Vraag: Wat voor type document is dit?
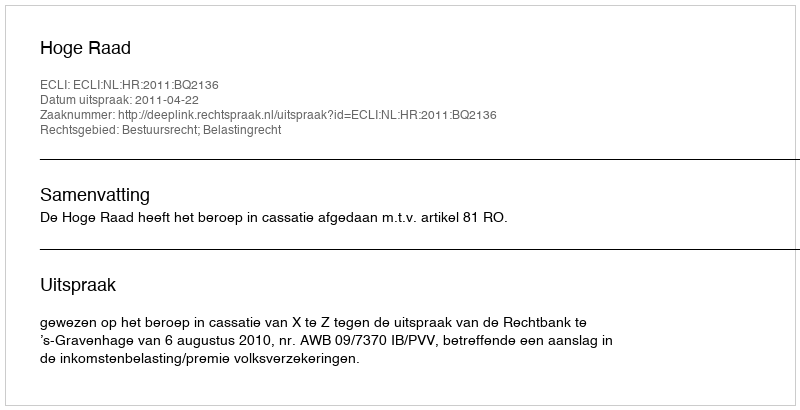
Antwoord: Uitspraak